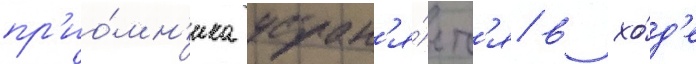
пр'ио́мн'ика устран'я́етс'я в хо́д'е